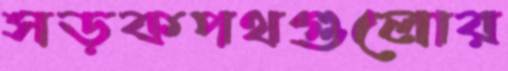
সড়কপথগুলোর